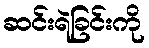
ဆင်းရဲခြင်းကို